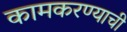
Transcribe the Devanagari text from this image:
कामकरण्याची